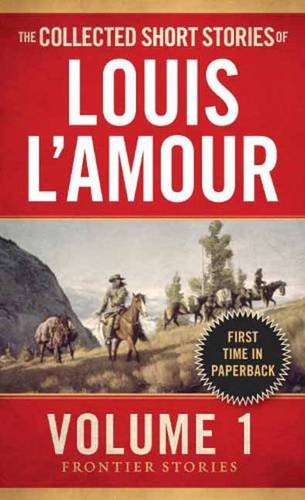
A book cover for The Collected Short Stories of Louis L'Amour, Volume 1: Frontier Stories; Louis L'Amour; Literature & Fiction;